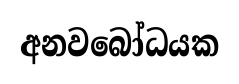
අනවබෝධයක